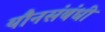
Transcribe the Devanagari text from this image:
यौनसंबंधी